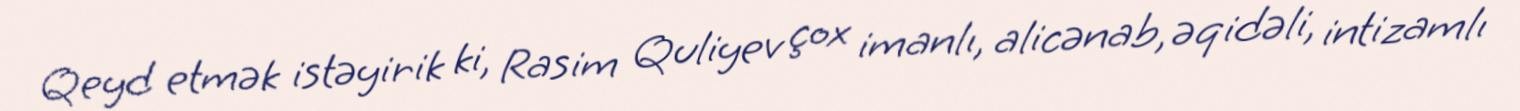
Qeyd etmək istəyirik ki, Rasim Quliyev çox imanlı, alicənab, əqidəli, intizamlı